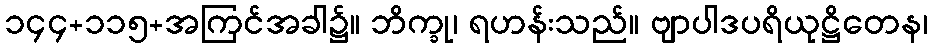
၁၄၄+၁၁၅+အကြင်အခါ၌။ ဘိက္ခု၊ ရဟန်းသည်။ ဗျာပါဒပရိယုဋ္ဌိတေန၊